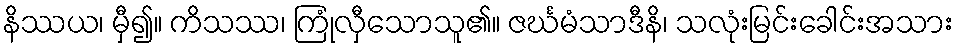
နိဿယ၊ မှီ၍။ ကိသဿ၊ ကြုံလှီသောသူ၏။ ဇင်္ဃမံသာဒီနိ၊ သလုံးမြင်းခေါင်းအသား